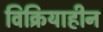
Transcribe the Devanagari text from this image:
विक्रियाहीन